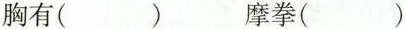
胸有( ) 摩拳( )